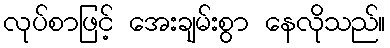
လုပ်စာဖြင့် အေးချမ်းစွာ နေလိုသည်။